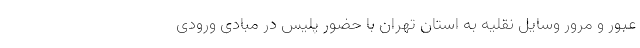
عبور و مرور وسایل نقلیه به استان تهران با حضور پلیس در مبادی ورودی